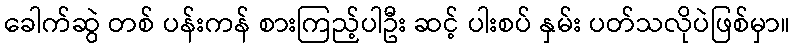
ခေါက်ဆွဲ တစ် ပန်းကန် စားကြည့်ပါဦး ဆင့် ပါးစပ် နှမ်း ပတ်သလိုပဲဖြစ်မှာ။